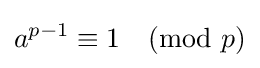
a^{p-1}\equiv 1{\pmod {p}}